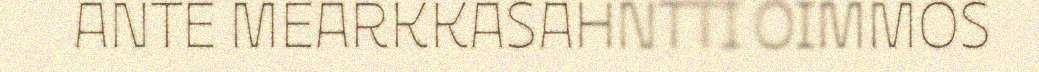
ANTE MEARKKASAHNTTI OIMMOS